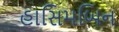
હાસિમબિન